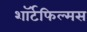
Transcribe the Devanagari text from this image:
शॉर्टफिल्मस